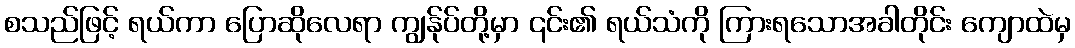
စသည်ဖြင့် ရယ်ကာ ပြောဆိုလေရာ ကျွန်ုပ်တို့မှာ ၎င်း၏ ရယ်သံကို ကြားရသောအခါတိုင်း ကျောထဲမှ